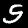
Digit: 5